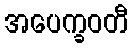
အပေက္ခဝတီ